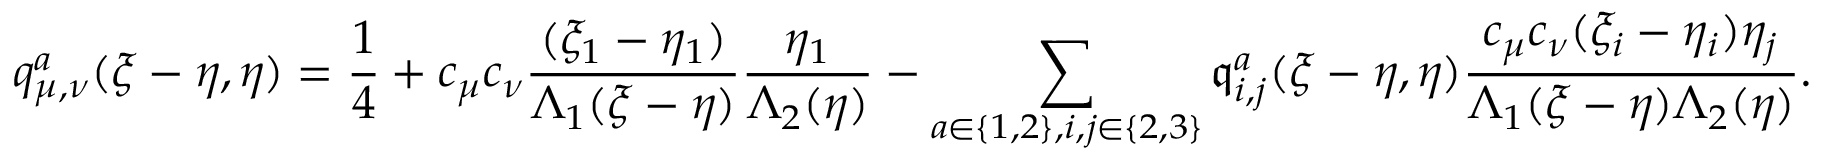
q _ { \mu , \nu } ^ { a } ( \xi - \eta , \eta ) = \frac { 1 } { 4 } + c _ { \mu } c _ { \nu } \frac { ( \xi _ { 1 } - \eta _ { 1 } ) } { \Lambda _ { 1 } ( \xi - \eta ) } \frac { \eta _ { 1 } } { \Lambda _ { 2 } ( \eta ) } - \sum _ { a \in \{ 1 , 2 \} , i , j \in \{ 2 , 3 \} } \mathfrak { q } _ { i , j } ^ { a } ( \xi - \eta , \eta ) \frac { c _ { \mu } c _ { \nu } ( \xi _ { i } - \eta _ { i } ) \eta _ { j } } { \Lambda _ { 1 } ( \xi - \eta ) \Lambda _ { 2 } ( \eta ) } .